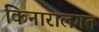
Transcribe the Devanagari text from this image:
किनारालगत